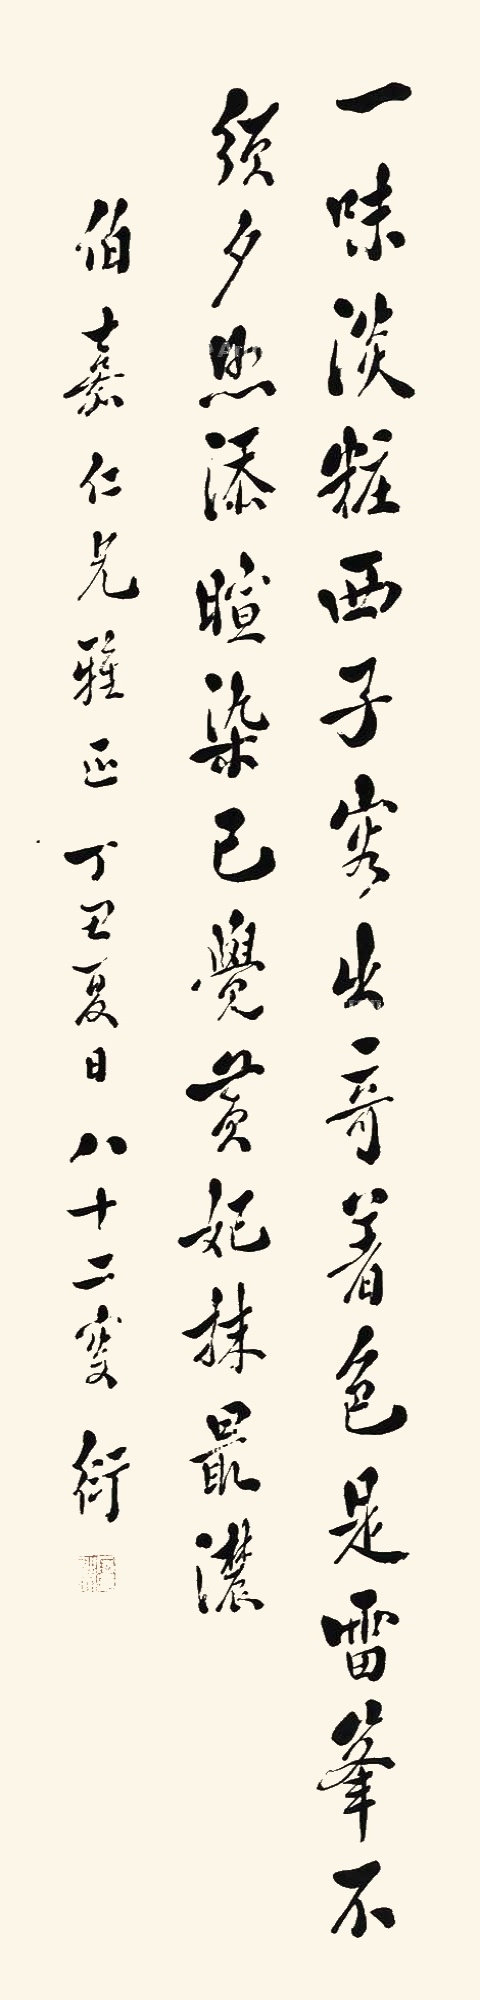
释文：一味淡妆西子容，出奇着色是雷峰。不须夕照添暄染，已觉贵妃抹最浓。伯嘉仁兄雅正，丁丑夏日，八十二叟，衍。